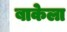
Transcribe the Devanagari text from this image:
बाकेला